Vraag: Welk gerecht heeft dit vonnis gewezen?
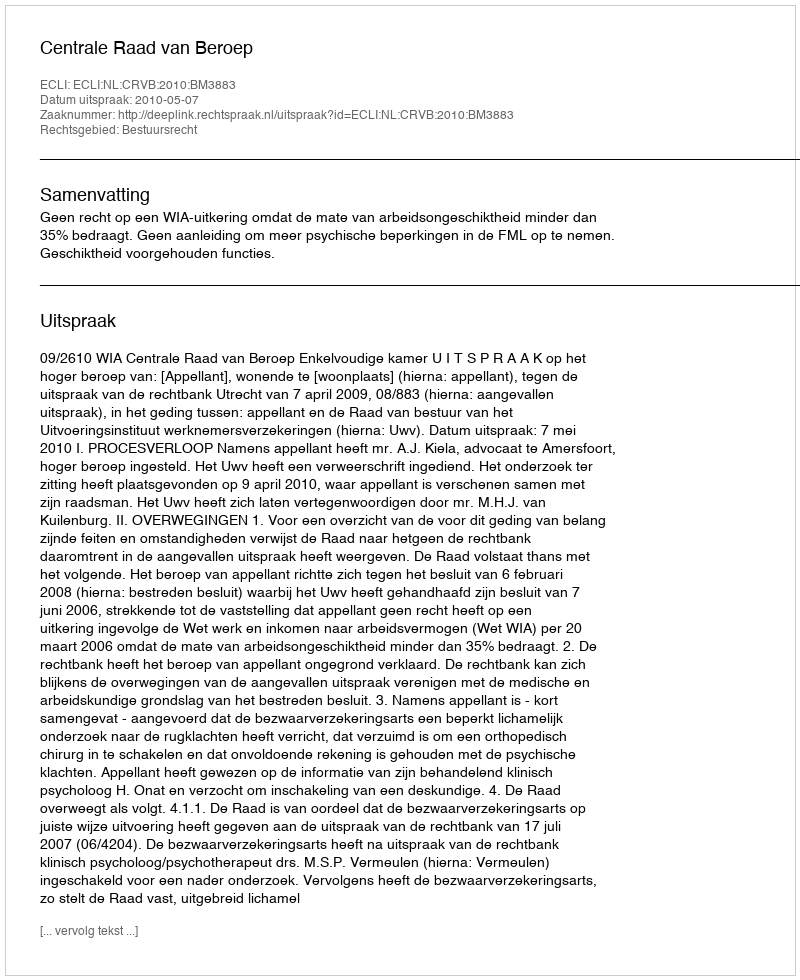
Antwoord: Centrale Raad van Beroep